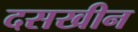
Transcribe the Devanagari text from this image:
दसखीन